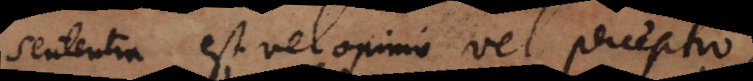
Sententia est vel opinio vel perceptio,